Annual report on the working of the mental hospitals in the Madras Presidency - 1912-1932
Year: 1912
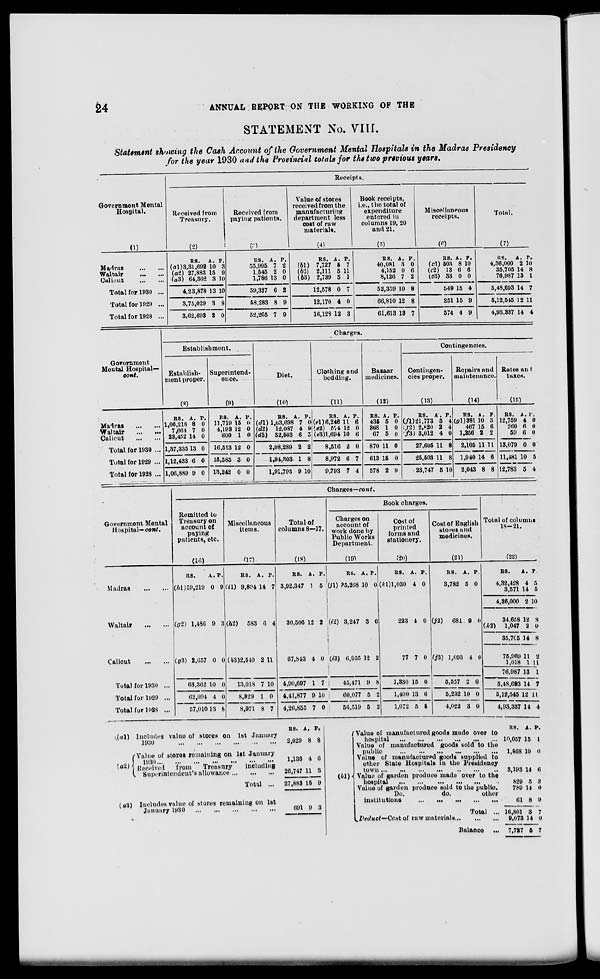
24
ANNUAL REPORT ON THE WORKING OF THE
STATEMENT No. VIII.
Statement showing the Cash Account of the Government Mental Hospitals in the Madras Presidency
for the year 1930 and the Provincial totals for the two previous years.
Government Mental
Hospital.
(1)
Madras
...
...
Waltair
...
...
Calicut
...
...
Total for 1930 ...
Total for 1929 ...
Total for 1928 ...
Receipts.
Received from
Treasury.
(2)
RS.
(a1)3,31,692
(a2) 27,883
(a3) 64,302
4,23,878
3,75,029
3,62,693
A.
10
15
3
13
3
2
P.
3
9
10
10
8
0
Received from
paying patients.
(3)
RS.
55,995
1,545
1,786
59,327
58,283
52,265
A.
7
2
13
6
8
7
P.
2
0
0
2
9
9
Value of stores
received from the
manufacturing
department less
cost of raw
materials.
(4)
RS.
(b1) 7,727
(b2) 2,111
(b3) 2,739
12,578
12,170
16,128
A.
5
5
5
0
4
12
P.
7
11
1
7
0
3
Book receipts,
i.e., the total of
expenditure
entered in
columns 19, 20
and 21.
(5)
RS.
40,081
4,152
8,126
52,359
66,810
61,613
A.
3
0
7
10
12
13
P.
0
6
2
8
8
7
Miscellaneous
receipts.
(6)
RS.
(c1) 503
(c2) 13
(c3) 33
549
251
574
A.
8
6
0
15
15
4
P.
10
6
0
4
9
9
Total.
(7)
RS.
4,36,000
35,705
76,987
5,48,693
5,12,545
4,93,337
A.
2
14
13
14
12
14
P.
10
8
1
7
11
4
Government
Mental Hospital—
cont.
Madras
...
...
Waltair ... ...
Calicut
...
...
Total for 1930 ...
Total for 1929 ...
Total for 1928 ...
Charges.
Establishment.
Establish-
ment proper.
(8)
RS.
1,06,218
7,664
23,452
1,37,335
1,12,433
1,06,889
A.
8
7
14
13
6
9
P.
0
0
0
0
0
0
Superintend-
ence.
(9)
RS.
11,719
4,193
600
16,513
15,585
13,242
A.
15
12
1
12
3
0
P.
0
0
0
0
0
0
Diet.
(10)
RS.
(d1) 1,63,698
(d2) 12,087
(d3) 32,503
2,08,289
1,94,303
1,91,795
A.
7
4
6
2
1
9
P.
0
9
5
2
8
10
Clothing and
bedding.
(11)
RS.
(e1) 6,246
(e2) 574
(e3)1,694
8,516
8,972
9,793
A.
11
12
10
2
6
7
P.
6
0
6
0
7
4
Bazaar
medicines.
(12)
RS.
435
368
67
870
613
578
A.
5
1
5
11
15
2
P.
0
0
0
0
0
9
Contingencies.
Contingen-
cies proper.
(13)
RS.
(f1)21,773
(f2) 2,820
(f3) 3,012
27,605
25,503
23,747
A.
5
2
4
11
11
5
P.
4
4
0
8
8
10
Repairs and
maintenance.
04)
RS.
(g1) 381
467
1,256
2,105
1,940
2,043
A.
10
15
2
11
14
8
P.
3
6
2
11
6
8
Rates and
taxes.
(15)
RS.
12,759
260
59
13,079
11,481
12,783
A.
4
6
6
0
10
5
P.
0
0
0
0
5
4
Government Mental
Hospital— cont.
Madras
...
...
Waltair
...
...
Calicut
...
...
Total for 1930 ...
Total for 1929 ...
Total for 1928 ...
Charges—cont.
Remitted to
Treasury on
account of
paying
patients, etc.
(16)
RS.
(h1)59,219
A.
0
P.
9
(g2) 1,486 9 3
(g3) 2,657 0 0
63,362
62,094
57,010
10
4
13
0
0
8
Miscellaneous
items.
(17)
RS.
(i1) 9,894
A.
14
P.
7
(h2)583
6 4
(h3)2,540 2 11
13,018
8,929
8,971
7
1
8
10
0
7
Total of
columns 8—17.
(18)
RS.
3,92,347
30,506
A.
1
12
P.
5
2
67,843 4 0
4,90,697
4,41,877
4,26,855
1
9
7
7
10
0
Book charges.
Charges on
account of
work done by
Public Works
Department.
(19)
RS.
(j1) 35,268
A.
10
P.
0
(i2) 3,247 3 6
(i3) 6,955 12 2
45,471
60,077
56,519
9
5
5
8
2
2
Cost of
printed
forms and
stationery.
(20)
RS.
(k1)1,030
A.
4
P.
0
223 4 0
77 7 0
1,330
1,400
1,072
15
13
5
0
6
5
Cost of English
stores and
medicines.
(21)
RS.
3,782
A.
5
P.
0
(j2)
681 9 0
(j3) 1,093
5,557
5,232
4,022
4
2
10
3
0
0
0
0
Total of columns
18—21.
(22)
RS.
4,32,428
3,571
4,36,000
34,658
(k2)
1,047
35,705
75,969
1,018
76,987
5,48,693
5,12,545
4,93,337
A.
4
14
2
12
2
14
11
1
13
14
12
14
P.
5
5
10
8
0
8
2
11
1
7
11
4
(a1)
(a2)
(a3)
Includes value of stores on 1st January
1930
...
...
...
...
...
...
Value of stores remaining on 1st January
1930
...
...
...
...
...
...
Received
from
Treasury
including
Superintendent's allowance
...
...
...
Total ...
Includes value of stores remaining on 1st
January 1930
...
...
...
...
...
RS.
2,029
1,136
26,747
27,883
691
A.
8
4
11
15
9
P.
8
6
3
9
3
(b1)
Value of manufactured goods made over to
hospital
...
...
...
...
...
...
value of manufactured goods sold to the
public
...
...
...
...
...
...
Value of manufactured goods supplied to
other State Hospitals in the Presidency
town
...
...
...
...
...
...
...
Value of garden produce made over to the
hospital
...
...
...
...
...
...
Value of garden produce sold to the public.
Do.
do.
other
institutions
...
...
...
...
...
Total ...
Deduct—Cost of raw materials
...
...
...
Balance
...
RS.
10,057
1,868
3,193
829
789
61
16,801
9,073
7,727
A.
15
10
14
5
14
8
3
14
5
P.
1
0
6
3
0
9
7
0
7